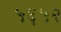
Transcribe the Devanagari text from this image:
५६५२